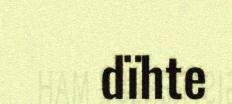
dïhte